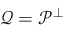
\mathcal { Q } = \mathcal { P } ^ { \perp }